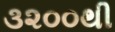
૩૨૦૦થી